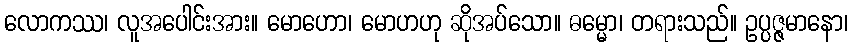
လောကဿ၊ လူအပေါင်းအား။ မောဟော၊ မောဟဟု ဆိုအပ်သော။ ဓမ္မော၊ တရားသည်။ ဥပ္ပဇ္ဇမာနော၊